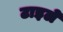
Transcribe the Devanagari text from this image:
टाइले